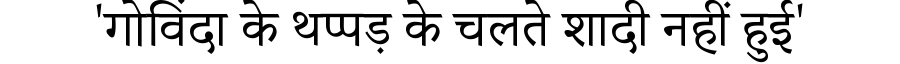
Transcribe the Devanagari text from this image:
'गोविंदा के थप्पड़ के चलते शादी नहीं हुई'